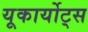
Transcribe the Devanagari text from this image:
यूकार्योट्स